Indian journal of veterinary science and animal husbandry - Volume 2,
Year: 1932
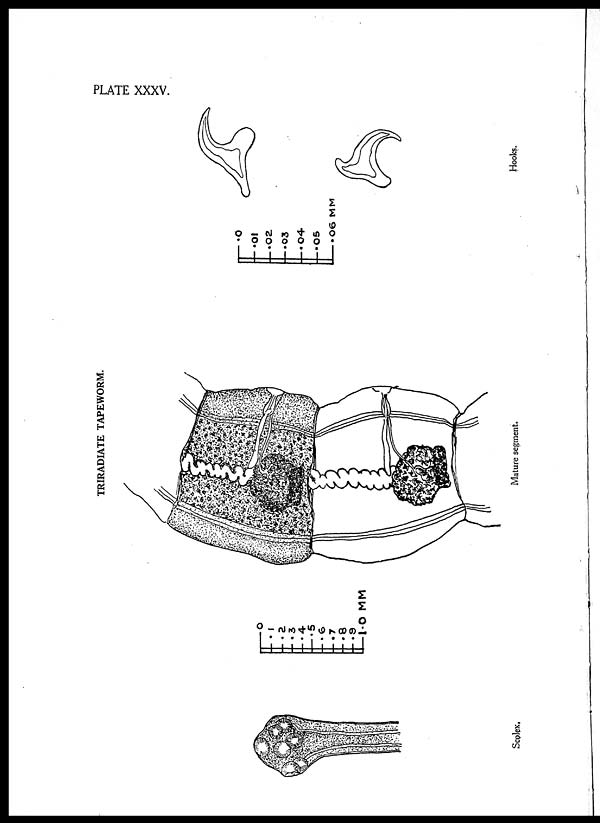
PLATE XXXV.
TRIRADIATE TAPEWORM.
Hooks.
Mature segment.
Scolex.